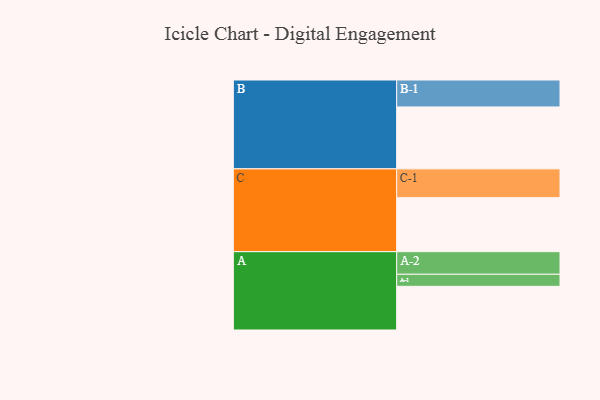
{"axis": {"x": "Segment", "y": "Value"}, "legend": ["", "A", "B", "C"], "data": [{"x": "A", "y": 402, "type": ""}, {"x": "B", "y": 570, "type": ""}, {"x": "C", "y": 497, "type": ""}, {"x": "A-1", "y": 111, "type": "A"}, {"x": "A-2", "y": 208, "type": "A"}, {"x": "B-1", "y": 248, "type": "B"}, {"x": "C-1", "y": 265, "type": "C"}]}